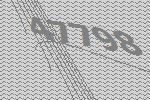
47798